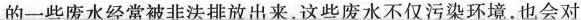
的一些废水经常被非法排放出来，这些废水不仅污染环境，也会对